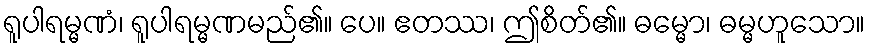
ရူပါရမ္မဏံ၊ ရူပါရမ္မဏမည်၏။ ပေ။ ဧတဿ၊ ဤစိတ်၏။ ဓမ္မော၊ ဓမ္မဟူသော။